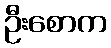
ဦးစောက